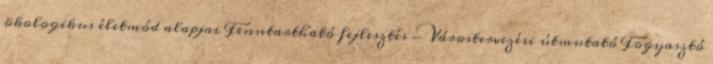
ökologikus életmód alapjai Fenntartható fejlesztés - Várostervezési útmutató Fogyasztó